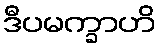
ဒီပမက္ခာဟိ